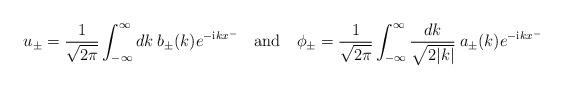
LaTeX: \begin{align*}u_\pm = {1 \over \sqrt {2\pi}} \int_{-\infty}^\infty dk\hspace{1mm} b_\pm(k) e^{-{\rm i}k x^-} \quad \mbox{and} \quad\phi_{\pm} = {1 \over \sqrt {2\pi}} \int_{-\infty}^\infty { dk \over\sqrt{2|k|}}\hspace{1mm}a_{\pm}(k) e^{-{\rm i}k x^-}\end{align*}